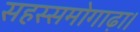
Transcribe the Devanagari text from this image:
सहस्समोगाढ़ा।